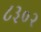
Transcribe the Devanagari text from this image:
८३०२